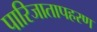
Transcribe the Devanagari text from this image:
पारिजातापहरण